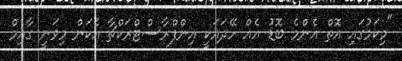
"މިކަމުގައި އޮތް އެންމެ ބޮޑު އެއް ހޭދައަކީ އިންފްރާސްޓްރަކްޗާ އެކަން މިވަނީ ގާއިމް